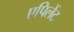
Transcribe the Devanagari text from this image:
एपिलेंट